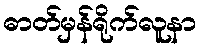
ဓာတ်မှန်ရိုက်လူနာ